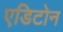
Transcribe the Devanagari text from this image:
एडिटोन